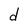
Character: d